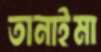
তানাইমা